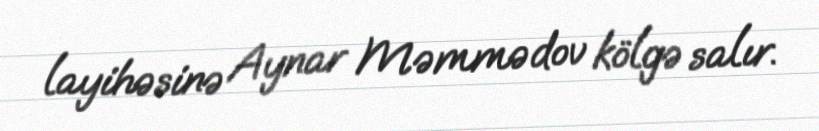
layihəsinə Aynar Məmmədov kölgə salır.